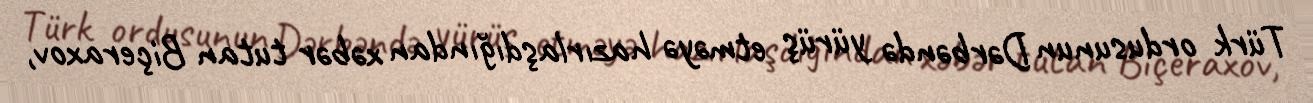
Türk ordusunun Dərbəndə yürüş etməyə hazırlaşdığından xəbər tutan Biçeraxov,